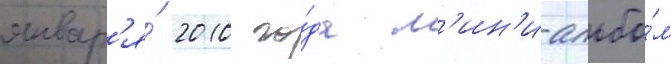
январ'я́ 2010 го́да м'ин'и-альбо́м